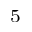
^ 5